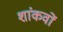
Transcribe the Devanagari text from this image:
शांकवों